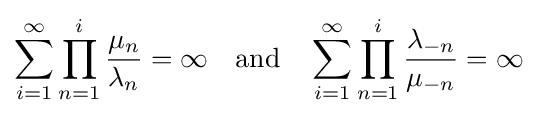
\sum _{i=1}^{\infty }\prod _{n=1}^{i}{\frac {\mu _{n}}{\lambda _{n}}}=\infty \quad {\text{and}}\quad \sum _{i=1}^{\infty }\prod _{n=1}^{i}{\frac {\lambda _{-n}}{\mu _{-n}}}=\infty